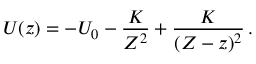
U ( z ) = - U _ { 0 } - { \frac { K } { { \cal Z } ^ { 2 } } } + { \frac { K } { ( { \cal Z } - z ) ^ { 2 } } } \, .